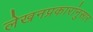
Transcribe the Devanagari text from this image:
लेखनप्रकारांनुसार